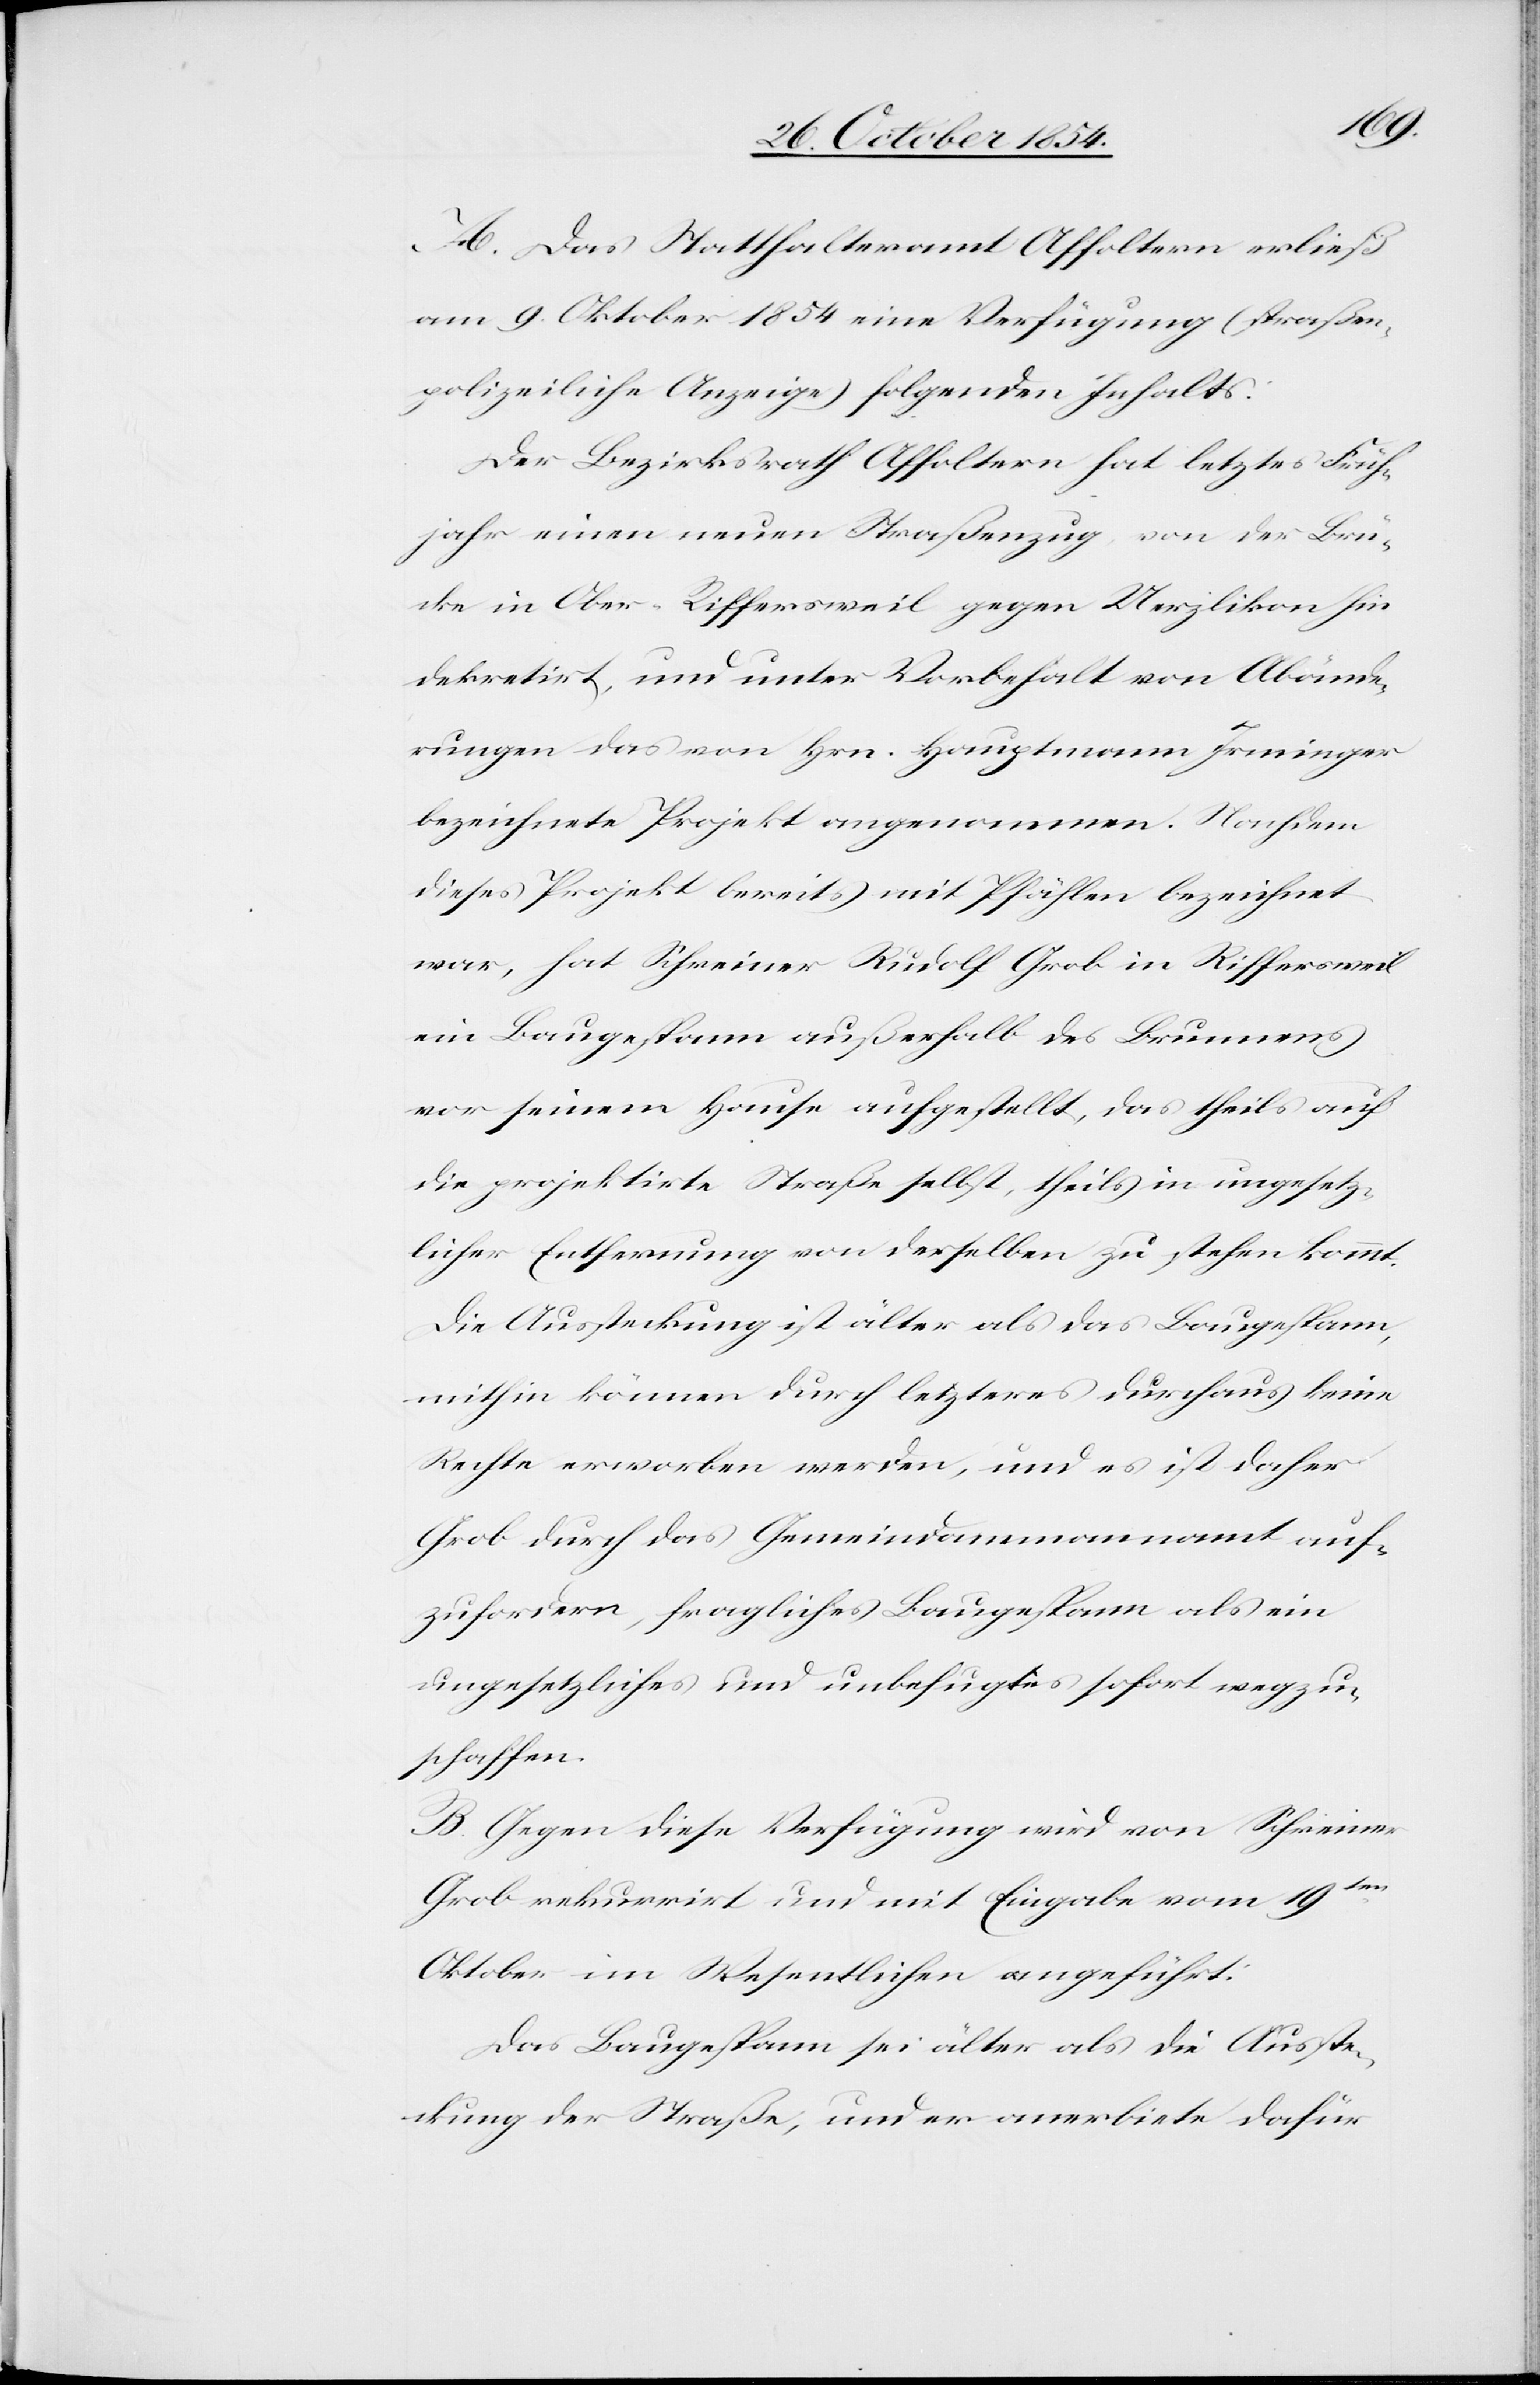
A. Das Statthalteramt Affoltern erließ
am 9. Oktober 1854 eine Verfügung (straßen¬
polizeiliche Anzeige) folgenden Inhalts:
Der Bezirksrath Affoltern hat letztes Früh¬
jahr einen neuen Straßenzug, von der Brü¬
cke in Ober-Riffersweil gegen Uerzlikon hin
dekretirt, und unter Vorbehalt von Abände¬
rungen das von Hrn. Hauptmann Irminger
bezeichnete Projekt angenommen. Nachdem
dieses Projekt bereits mit Pfählen bezeichnet
war, hat Schreiner Rudolf Grob in Riffersweil
ein Baugespann außerhalb des Brunnens
vor seinem Hause aufgestellt, das theils auf
die projektirte Straße selbst, theils in ungesetz¬
licher Entfernung von derselben zu stehen kommt.
Die Aussteckung ist älter als das Baugespann,
mithin können durch letzteres durchaus keine
Rechte erworben werden, und es ist daher
Grob durch das Gemeindammannamt auf¬
zufordern, fragliches Baugespann als ein
ungesetzliches und unbefugtes sofort wegzu¬
schaffen.
B. Gegen diese Verfügung wird von Schreiner
Grob rekurrirt und mit Eingabe vom 19ten
Oktober im Wesentlichen angeführt:
Das Baugespann sei älter als die Ausste¬
ckung der Straße, und er anerbiete dafür